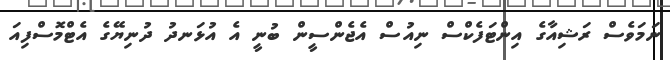
ނަމަވެސް ރަޝިއާގެ އިންޓަފެކްސް ނިއުސް އެޖެންސީން ބުނީ އެ އުޅަނދު ދުނިޔޭގެ އެޓްމޮސްފިއަ